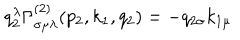
LaTeX: q _ { 2 } ^ { \lambda } \Gamma _ { \sigma \mu \lambda } ^ { ( 2 ) } ( p _ { 2 } , k _ { 1 } , q _ { 2 } ) = - q _ { 2 \sigma } k _ { 1 \mu }